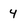
Character: 4